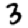
Digit: 3